Source: Handwritten
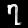
Digit: ၇ (7)